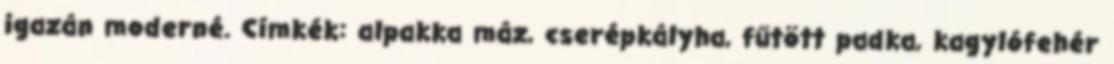
igazán moderné. Címkék: alpakka máz, cserépkályha, fűtött padka, kagylófehér